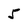
Character: 5